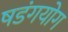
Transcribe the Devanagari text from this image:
षडंगयोग